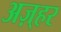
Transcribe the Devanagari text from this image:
अज़्हर